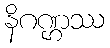
နိဂဏ္ဌဿ